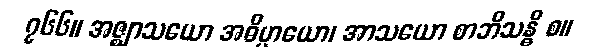
၇၆၆။ အဇ္ဈာသယော အဓိပ္ပာယော၊ အာသယော စာဘိသန္ဓိ စ။